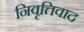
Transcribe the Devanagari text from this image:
निवृत्तिवाद